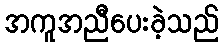
အကူအညီပေးခဲ့သည်